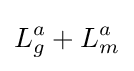
L_{g}^{a}+L_{m}^{a}